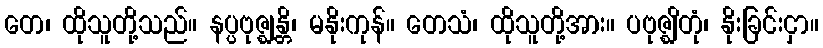
တေ၊ ထိုသူတို့သည်။ နပ္ပဗုဇ္ဈန္တိ၊ မနိုးကုန်။ တေသံ၊ ထိုသူတို့အား။ ပဗုဇ္ဈိတုံ၊ နိုးခြင်းငှာ။